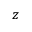
z